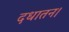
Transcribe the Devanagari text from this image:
दधातन।